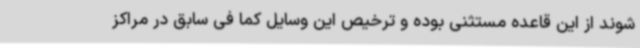
شوند از این قاعده مستثنی بوده و ترخیص این وسایل کما فی سابق در مراکز